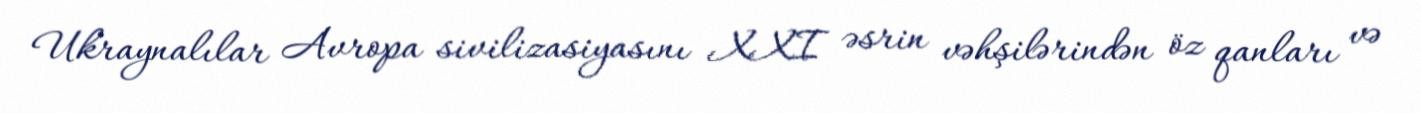
Ukraynalılar Avropa sivilizasiyasını XXI əsrin vəhşilərindən öz qanları və